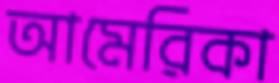
আমেরিকা